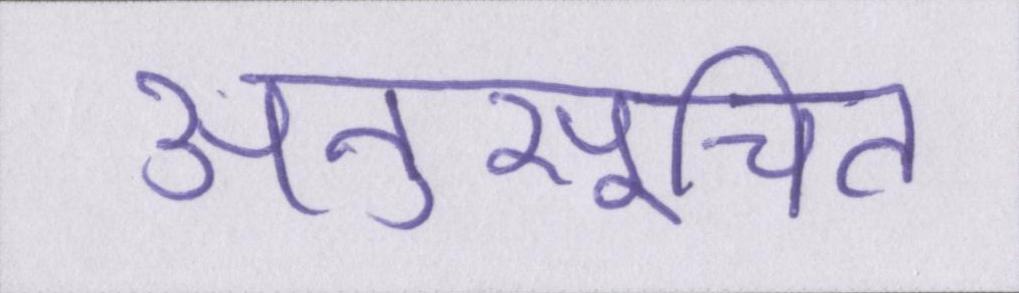
अनुसूचित